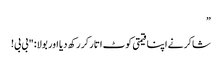
”
شاکر نے اپنا قیمتی کوٹ اتار کر رکھ دیا اور بولا: "بی بی!